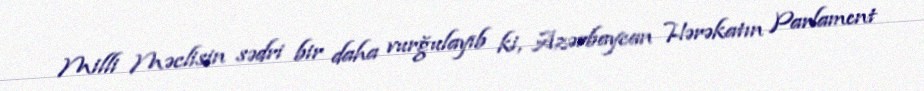
Milli Məclisin sədri bir daha vurğulayıb ki, Azərbaycan Hərəkatın Parlament